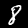
Digit: 8